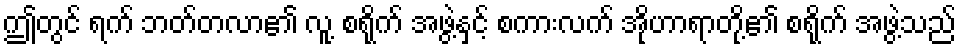
ဤတွင် ရက် ဘတ်တလာ၏ လူ့ စရိုက် အဖွဲ့နှင့် စကားလက် အိုဟာရာတို့၏ စရိုက် အဖွဲ့သည်